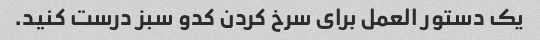
یک دستور العمل برای سرخ کردن کدو سبز درست کنید.